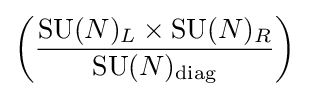
\left({\frac {\operatorname {SU} (N)_{L}\times \operatorname {SU} (N)_{R}}{\operatorname {SU} (N)_{\text{diag}}}}\right)